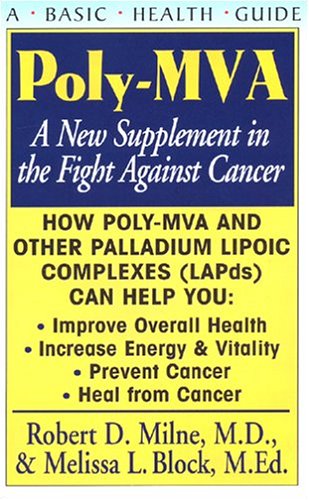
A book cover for Poly-MVA: A New Supplement in the Fight Against Cancer; Robert D. Milne; Health, Fitness & Dieting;